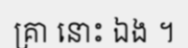
គ្រា នោះ ឯង ។